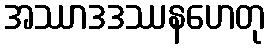
အဿာဒဒဿနဟေတု